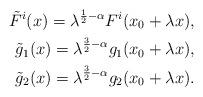
LaTeX: \begin{align*}\tilde{F}^i(x)=\lambda^{\frac{1}{2}-\alpha}F^i(x_0+\lambda x),\\\tilde{g}_1(x)=\lambda^{\frac{3}{2}-\alpha} g_1(x_0+\lambda x),\\\tilde{g}_2(x)=\lambda^{\frac{3}{2}-\alpha} g_2(x_0+\lambda x).\end{align*}